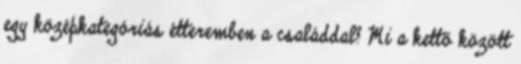
egy középkategóriás étteremben a családdal? Mi a kettő között